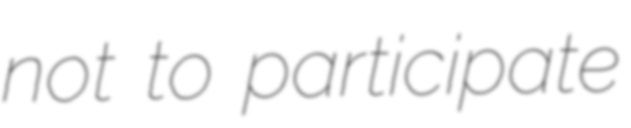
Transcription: not to participate